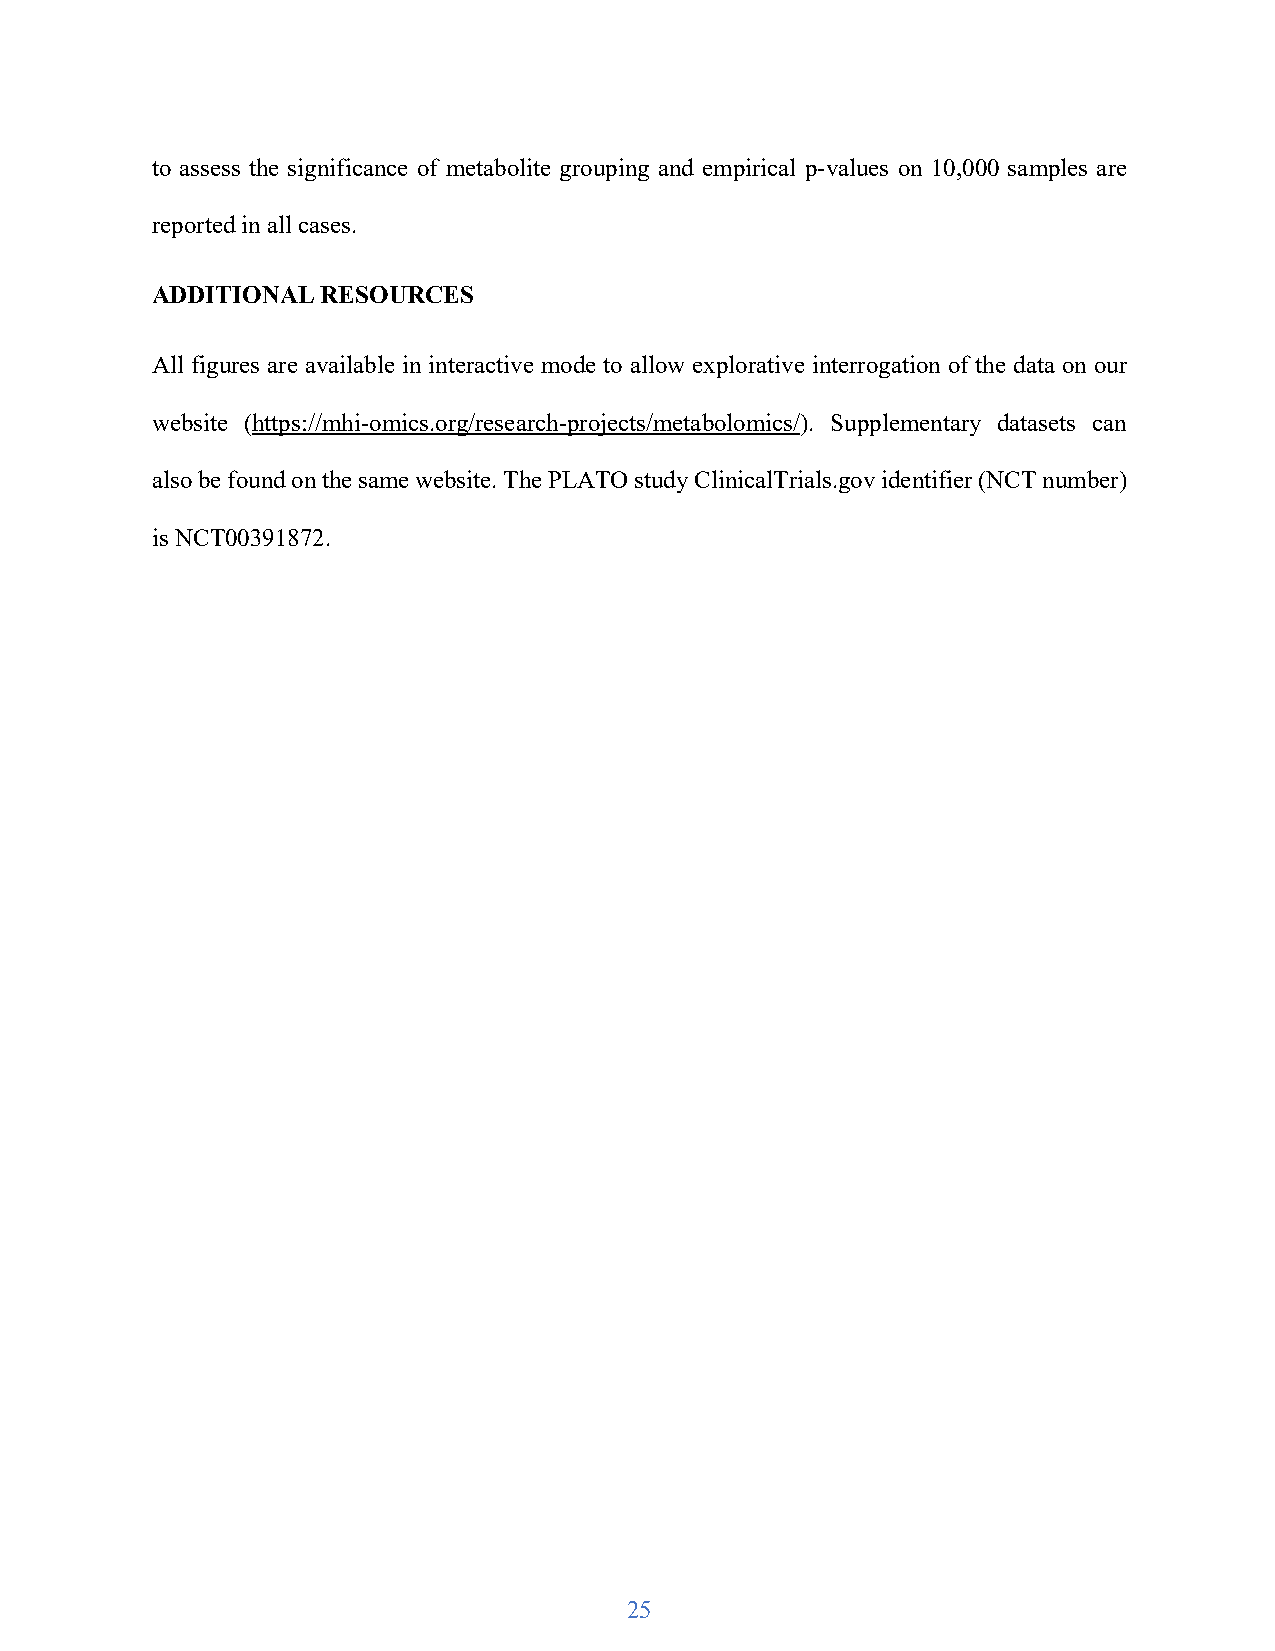
to assess the significance of metabolite grouping and empirical p-values on 10,000 samples are
 reported in all cases.
 ADDITIONAL RESOURCES
 All figures are available in interactive mode to allow explorative interrogation of the data on our
 website (https://mhi-omics.org/research-projects/metabolomics/). Supplementary datasets can
 also be found on the same website. The PLATO study ClinicalTrials.gov identifier (NCT number)
 is NCT00391872.
 25